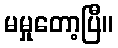
မမှုတော့ပြီ။